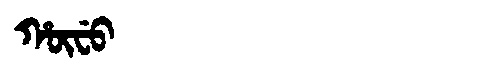
Manchu: ᡥᡡᠸᡠ
Romanization: HŪFU